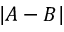
\left| A - B \right|